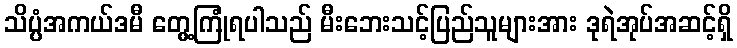
သိပ္ပံအကယ်ဒမီ တွေ့ကြုံရပါသည် မီးဘေးသင့်ပြည်သူများအား ဒုရဲအုပ်အဆင့်ရှိ